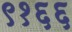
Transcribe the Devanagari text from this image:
९१६६